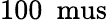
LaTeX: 100~\mathrm{{\ mus}}